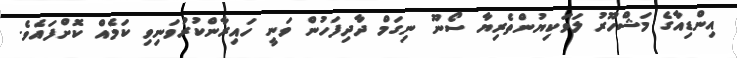
އިންޑިއާގެ މަޝްހޫރު ލަވަކިޔުންތެރިޔާ ސޯނޫ ނިގަމް ދާދިފަހުން ވަނީ ހައިރާންކުރުވަނިވި ކަމެއް ކޮށްފައެވެ.